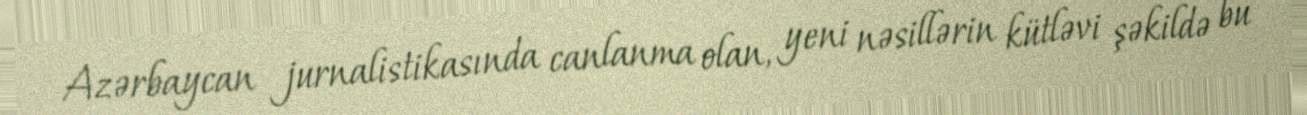
Azərbaycan jurnalistikasında canlanma olan, yeni nəsillərin kütləvi şəkildə bu